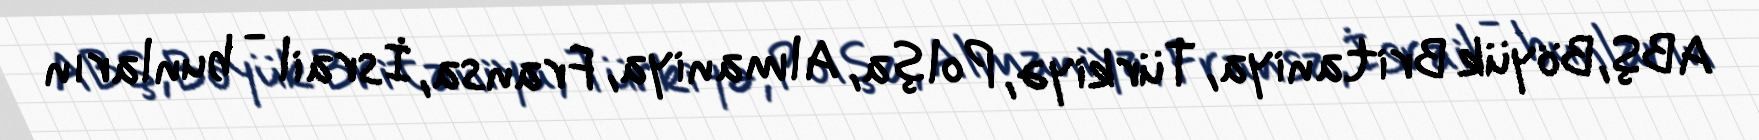
ABŞ, Böyük Britaniya, Türkiyə, Polşa, Almaniya, Fransa, İsrail - bunların